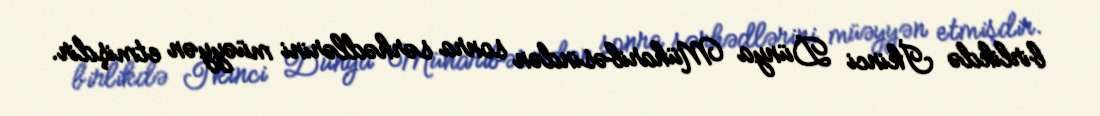
birlikdə İkinci Dünya Müharibəsindən sonra sərhədlərini müəyyən etmişdir.